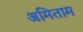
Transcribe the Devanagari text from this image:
अमिताम